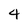
Character: 4